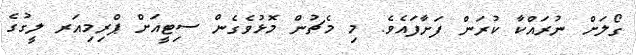
ގޯލަށް ނުރައްކާ ކުރަން ފަށާފައެވެ. މި މެޗުން މޮޅުވެގެން ސިޓީއަށް ޕްރިމިއަރ ލީގުގެ